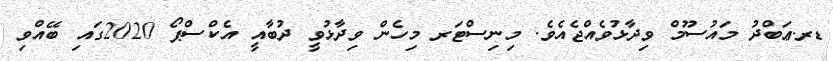
ޑރ.ޢަބްދު މައުސޫމް ވިދާޅުވެއްޖެއެވެ. މިނިސްޓަރ މިހެން ވިދާޅުވީ ދުބާއީ އެކްސްޕޯ 2020ގައި ބޭއްވި